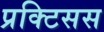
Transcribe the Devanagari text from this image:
प्रक्टिसस